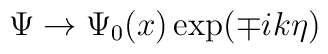
\Psi \rightarrow \Psi _0(x)\exp (\mp ik\eta )